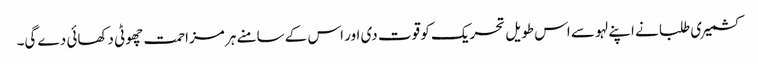
کشمیری طلبا نے اپنے لہو سے اس طویل تحریک کو قوت دی اور اس کے سامنے ہر مزاحمت چھوٹی دکھائی دے گی۔